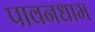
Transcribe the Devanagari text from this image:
पावनधाम